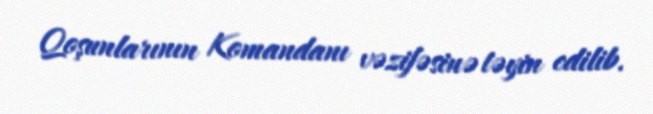
Qoşunlarının Komandanı vəzifəsinə təyin edilib.